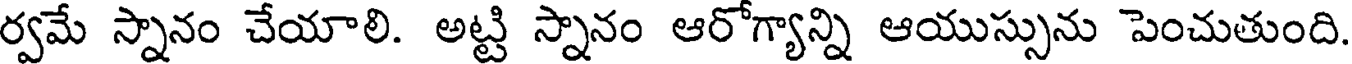
ర్వమే స్నానం చేయాలి. అట్టి స్నానం ఆరోగ్యాన్ని ఆయుస్సును పెంచుతుంది